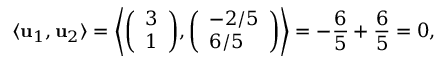
\langle \mathbf { u } _ { 1 } , \mathbf { u } _ { 2 } \rangle = \left\langle { \left( \begin{array} { l } { 3 } \\ { 1 } \end{array} \right) } , { \left( \begin{array} { l } { - 2 / 5 } \\ { 6 / 5 } \end{array} \right) } \right\rangle = - { \frac { 6 } { 5 } } + { \frac { 6 } { 5 } } = 0 ,